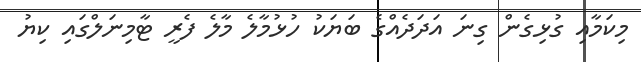
މިކަމާއި ގުޅިގެން ގިނަ އަދަދެއްގެ ބަޔަކު ހުޅުމާލެ މާލެ ފެރީ ޓާމިނަލްގައި ކިޔު